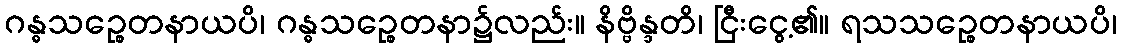
ဂန္ဓသဉ္စေတနာယပိ၊ ဂန္ဓသဉ္စေတနာ၌လည်း။ နိဗ္ဗိန္ဒတိ၊ ငြီးငွေ့၏။ ရသသဉ္စေတနာယပိ၊